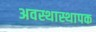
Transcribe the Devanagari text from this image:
अवस्थास्थापक